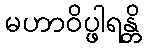
မဟာဝိပ္ဖါရန္တိ